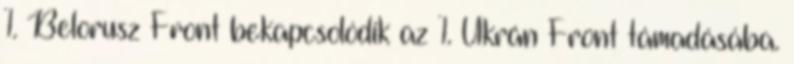
1. Belorusz Front bekapcsolódik az 1. Ukrán Front támadásába.